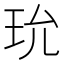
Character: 玧